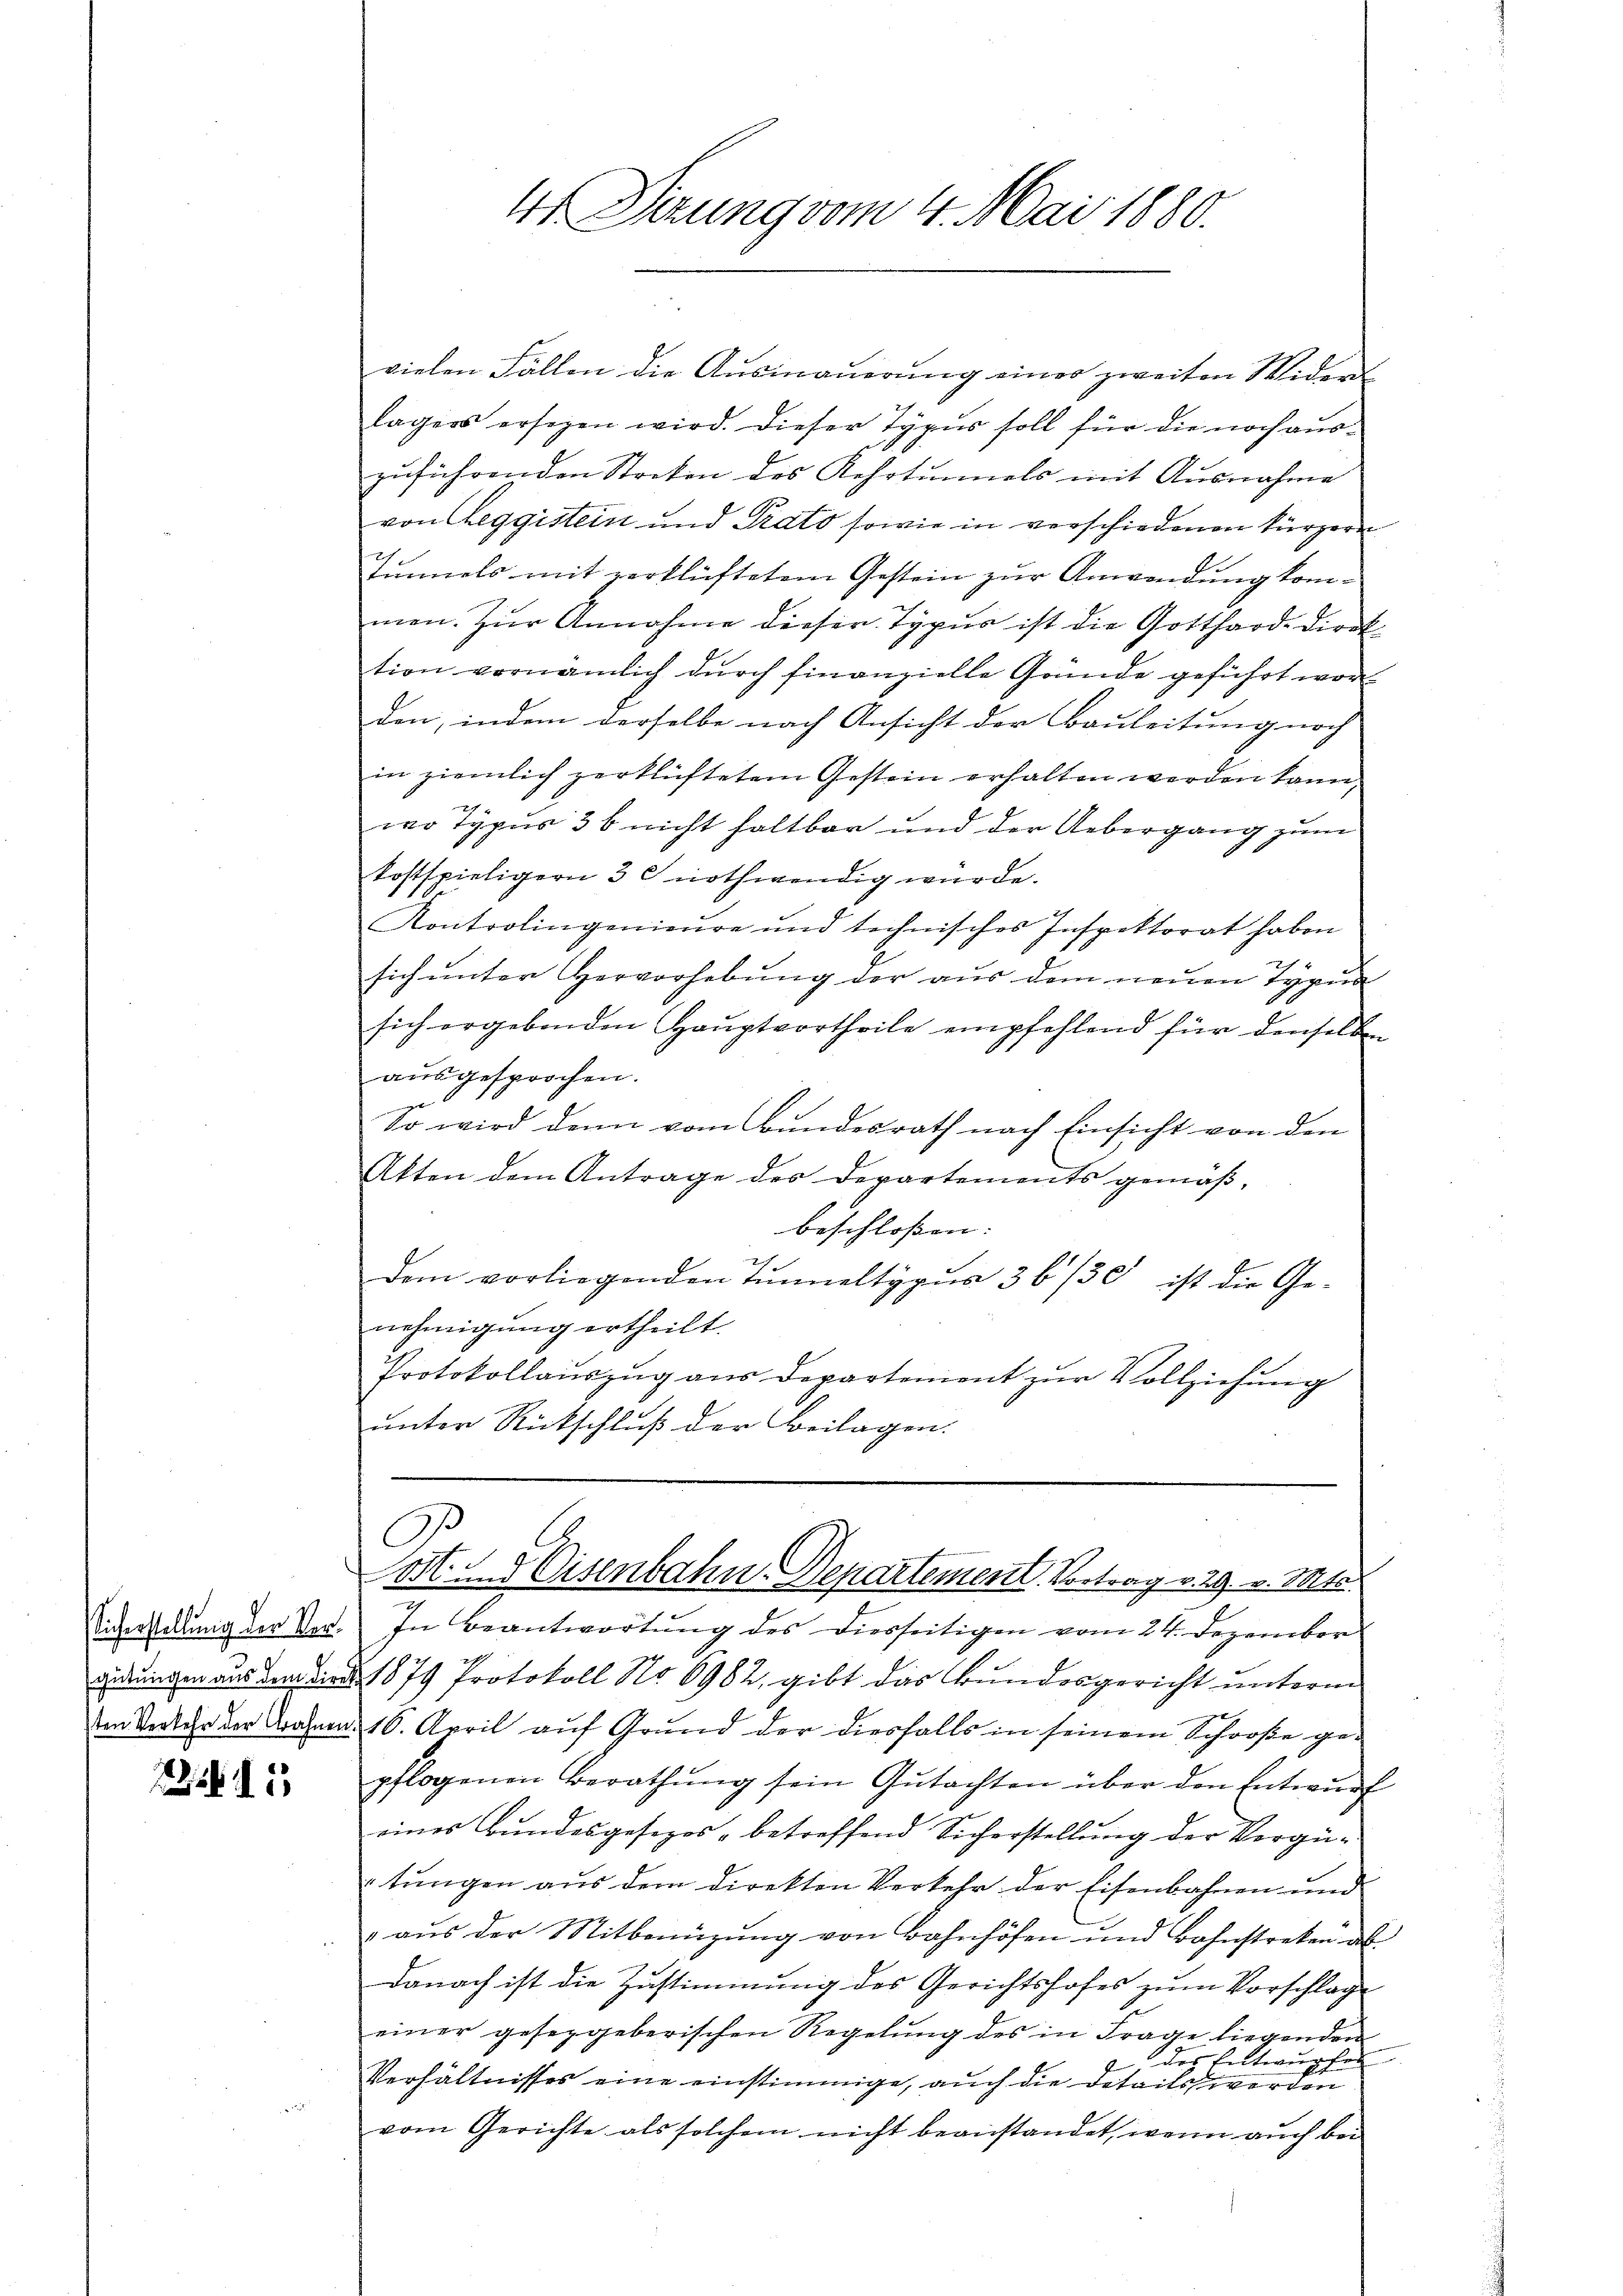
25

vielen Fällen die Ausmauerung einer zweiten Wider-
lagers ersezen wird. Dieser Typus soll für die noch auszuführenden Streken des Kehrtennels mit Ausnahme
von Reggistein und Prato sowie in verschiedenen kürzern
Sonnels mit zerklüftetem Gestein zur Anwendung kommen. Zur Annahme dieser Typus ist die Gotthard-Direktion vornämlich durch finanzielle Gründe geführt wor
den, indem derselbe nach Ansicht der Bauleitung noch
in ziemlich zerklüftetem Gestein erhalten werden kann,
wo Typus 3 b nicht haltbar und der Uebergang zum
kostspieligern 3 nothwendig würde.
Kontrolingenieure und technisches Inspektorat haben
sich unter Hervorhebung der aus dem neuen Typun
sich ergebenden Haŭptvortheile empfehlend für denselben
ausgesprochen.
So wird denn vom Bundesrath nach Einsicht von den
Akten dem Antrage des Departements gemäß,
beschloßen:
Dem vorliegenden Tunneltypus 36/30 ist die Ge-
nehmigung ertheilt.
Protokollauszug aus Departement zur Vollziehung
unter Rückschluß der Beilagen.

4 Firung vom 4. Mai 1880.

C
Cost. und Eisenbahn-Departement. Vortrag v. 29. v. Mts.

Sicherstellŭng der Ver. In Beantwortŭng des diesseitigen vom 24. Dezember
gedrungen aus dem Sind 1879 Protokoll No 6982, gibt das Bundesgericht unterm
en Verkehr der Bahnen 16. April auf Grund der diesfalls in seinem Schooße ge-
pflogenen Berathung sein Gutachten über den Entwurf
eines Bundesgesezes betreffend Sicherstellung der Vergütŭngen aŭs dem direkten Verkehr der Eisenbahnen und
 aŭs der Mitbenüzŭng von Bahnhöfen und Bahnstreken al
danach ist die Zustimmung des Gerichtshofes zum Vorschlag
J
einer gesetzgeberischen Regelung des in Frage liegenden
des Entwur lei
Verhältnisses eine einstimmige, auch die Details werden
vom Gerichte als solchem nicht beanstandet, wenn auch bei